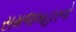
સમજબહારનો